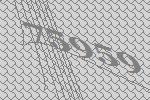
75959